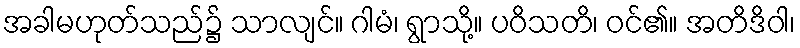
အခါမဟုတ်သည်၌ သာလျင်။ ဂါမံ၊ ရွာသို့။ ပဝိသတိ၊ ဝင်၏။ အတိဒိဝါ၊